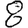
Digit: 8